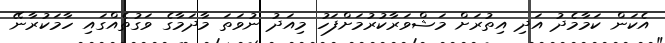
އެކަން ކަމާމެދު އަދި އިތުރަށް މަޝްވަރާކުރުމަށްފަހު މިއަދު ނުވަތަ މާދަމާގެ ވަގުތެއްގައި ހާމަކުރާނޭ